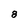
Character: 8